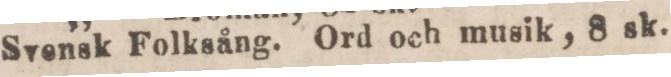
Svensk Folksång. Ord och musik, 8 sk.